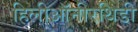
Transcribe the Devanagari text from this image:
हिलीऑनीरथिडी